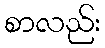
စာလည်း